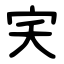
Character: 宎